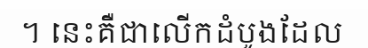
។ នេះគឺជាលើកដំបូងដែល